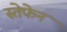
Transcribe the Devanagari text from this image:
स्तेफेन